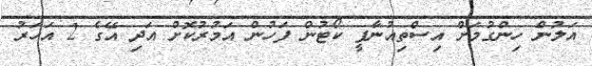
އަލުން ހިންގުމަށް އިސްތިއުނާފީ ކޯޓުން ފަހުން އަމުރުކޮށް އަދި އޭގެ 2 އަހަރު